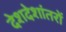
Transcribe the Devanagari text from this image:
देशदेशांतरों